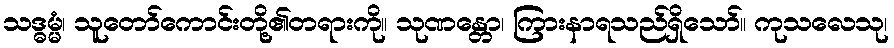
သဒ္ဓမ္မံ၊ သူတော်ကောင်းတို့၏တရားကို။ သုဏန္တော၊ ကြားနာရသည်ရှိသော်။ ကုသလေသု၊